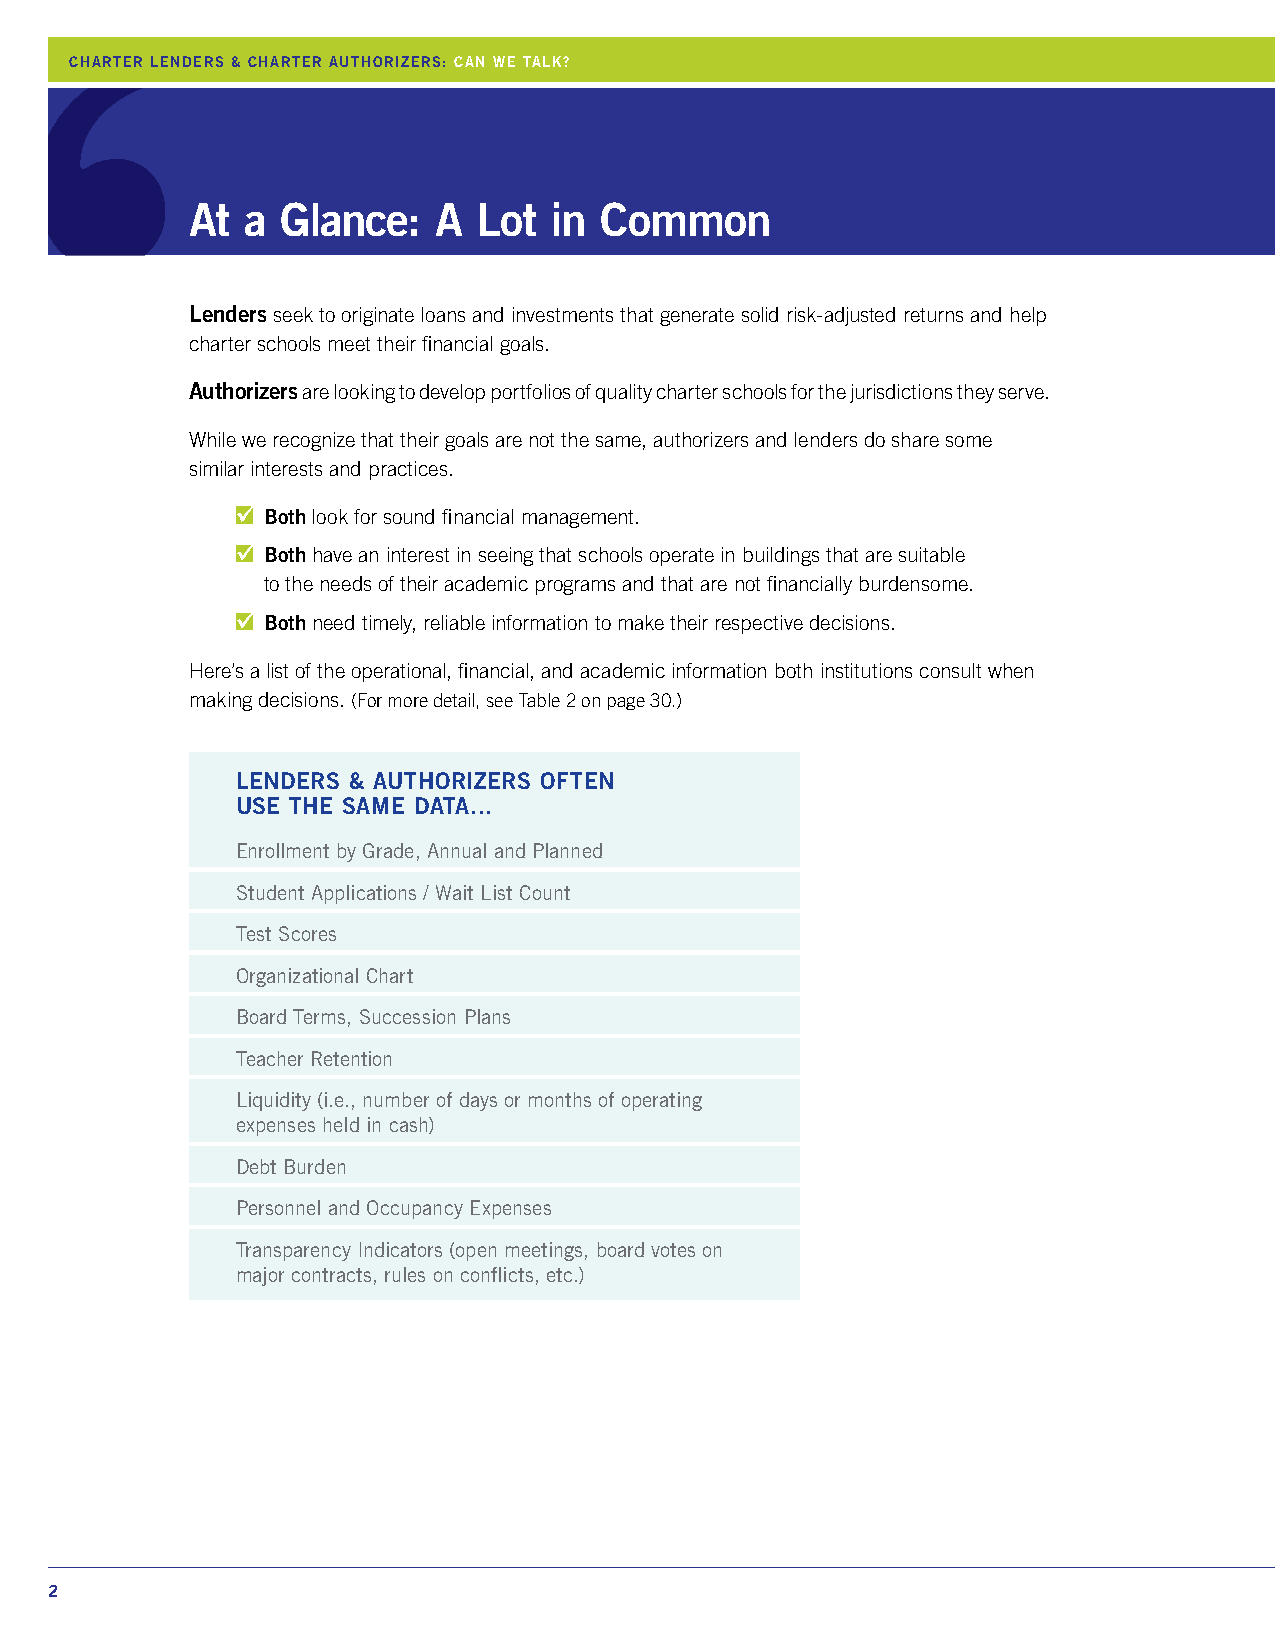
CHARTER LENDERS & CHARTER AUTHORIZERS: CAN WE TALK?
 At a  Glance:   A  Lot  in Common
 Lenders seek to originate loans and investments that generate solid risk-adjusted returns and help
 charter schools meet their financial goals.
 Authorizers are looking to develop portfolios of quality charter schools for the jurisdictions they serve.
 While we recognize that their goals are not the same, authorizers and lenders do share some
 similar interests and practices.
 Both look for sound financial management.
 Both have an interest in seeing that schools operate in buildings that are suitable
 to the needs of their academic programs and that are not financially burdensome.
 Both need timely, reliable information to make their respective decisions.
 Here’s a list of the operational, financial, and academic information both institutions consult when
 making decisions. (For more detail, see Table 2 on page 30.)
 LENDERS & AUTHORIZERS OFTEN
 USE THE SAME DATA...
 Enrollment by Grade, Annual and Planned
 Student Applications / Wait List Count
 Test Scores
 Organizational Chart
 Board Terms, Succession Plans
 Teacher Retention
 Liquidity (i.e., number of days or months of operating
 expenses held in cash)
 Debt Burden
 Personnel and Occupancy Expenses
 Transparency Indicators (open meetings, board votes on
 major contracts, rules on conflicts, etc.)
 2